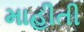
માહીતી